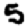
Digit: 5